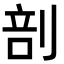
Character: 剖